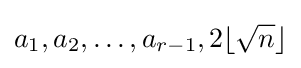
a_{1},a_{2},\ldots ,a_{r-1},2\lfloor {\sqrt {n}}\rfloor